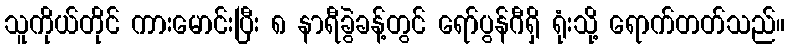
သူကိုယ်တိုင် ကားမောင်းပြီး ၈ နာရီခွဲခန့်တွင် ရော်ပွန်ဂီရှိ ရုံးသို့ ရောက်တတ်သည်။